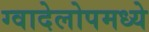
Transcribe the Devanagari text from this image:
ग्वादेलोपमध्ये